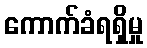
ကောက်ခံရရှိမှု